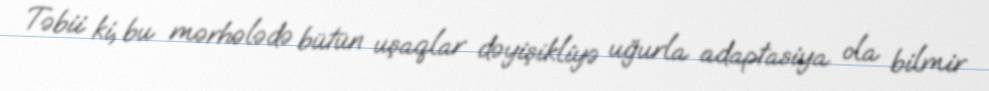
Təbii ki, bu mərhələdə bütün uşaqlar dəyişikliyə uğurla adaptasiya ola bilmir